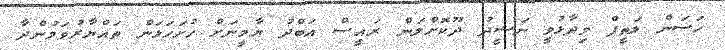
ހަސަން ލަތީފް ވިދާޅުވީ ނަޝީދު ދޫކޮށްލަން ރައީސް އަބްދު ޔާމީނަށް ހުށަހަޅަން ތައްޔާރުވަމުންދާ